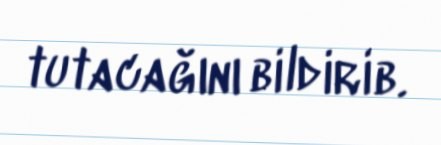
tutacağını bildirib.